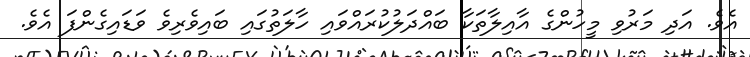
އެވެ. އަދި މަރުވި މީހުންގެ އާއިލާތަކާ ބައްދަލުކުރައްވައި ހާލަތުގައި ބައިވެރިވެ ވަޑައިގެންފަ އެވެ.